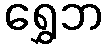
ရွှေဘ